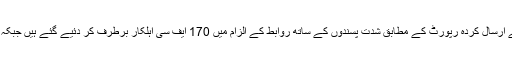
روزنامہ نیشن کی محترمہ فرزانہ شاہد کی پشاور سے ارسال کردہ رپورٹ کے مطابق شدت پسندوں کے ساتھ روابط کے الزام میں 170 ایف سی اہلکار برطرف کر دئیے گئے ہیں جبکہ 70 ریٹائرڈ اہلکاروں کی پنشن ضبط کر لی گئی ہے!